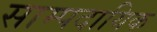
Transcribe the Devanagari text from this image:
साम्पदायिक